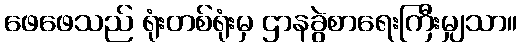
ဖေဖေသည် ရုံးတစ်ရုံးမှ ဌာနခွဲစာရေးကြီးမျှသာ။